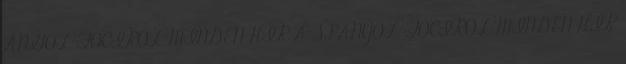
ANGOL FOCIRÓL MINDEN HÍR A SPANYOL FOCIRÓL MINDEN HÍR